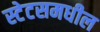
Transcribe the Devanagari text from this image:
स्टेटसमधील